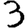
Digit: 3